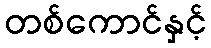
တစ်ကောင်နှင့်